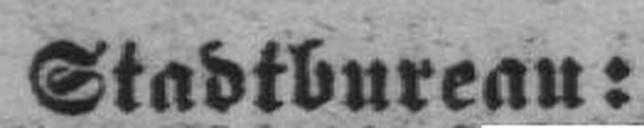
Stadtbureau: